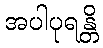
အပါပုရန္တိ